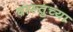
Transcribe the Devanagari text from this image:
वास्तुच्या